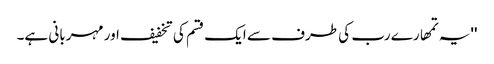
''یہ تمھارے رب کی طرف سے ایک قسم کی تخفیف اور مہربانی ہے۔